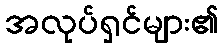
အလုပ်ရှင်များ၏